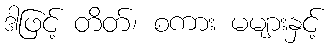
ဒါဖြင့် တိတ်၊ စကား မများနှင့်